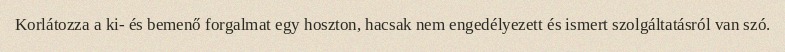
Korlátozza a ki- és bemenő forgalmat egy hoszton, hacsak nem engedélyezett és ismert szolgáltatásról van szó.